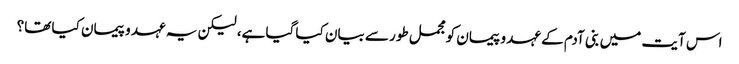
اس آیت میں بنی آدم کے عہد و پیمان کو مجمل طور سے بیان کیا گیا ہے، لیکن یہ عہد و پیمان کیا تھا؟